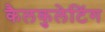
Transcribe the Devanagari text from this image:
कैलकुलेटिंग